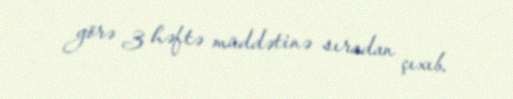
görə 3 həftə müddətinə sıradan çıxıb.